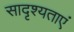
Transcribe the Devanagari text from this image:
सादृश्यताएं